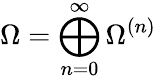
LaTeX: \Omega=\bigoplus_{n=0}^{\infty}\Omega^{(n)}